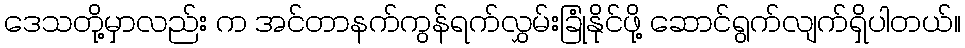
ဒေသတို့မှာလည်း က အင်တာနက်ကွန်ရက်လွှမ်းခြုံနိုင်ဖို့ ဆောင်ရွက်လျက်ရှိပါတယ်။